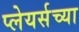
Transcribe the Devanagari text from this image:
प्लेयर्सच्या